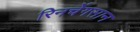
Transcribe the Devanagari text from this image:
रिनचेंगसान